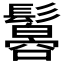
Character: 𩯠